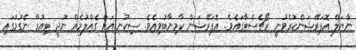
ނާޔަލް އޮޕަރޭޝަންކުރެވުނީ ރޯޗެސްޓާގައެވެ. އޮޕަރޭޝަން ކާމިޔާބުވިއެވެ. ސިކުނޑިއަށް ގެއްލުމެއް ނުދީ ޓިއުމާ ނެގުމުގައި